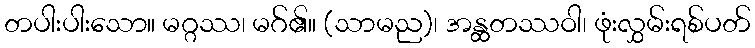
တပါးပါးသော။ မဂ္ဂဿ၊ မဂ်၏။ (သာမည)၊ အန္ထတဿဝါ၊ ဖုံးလွှမ်းရစ်ပတ်